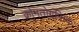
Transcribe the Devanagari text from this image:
क्रोमतोग्रफिक्